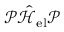
\mathcal { P } \hat { \mathcal { H } } _ { \mathrm { e l } } \mathcal { P }